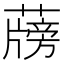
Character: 𦾭